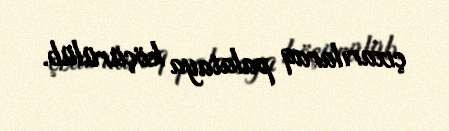
çıxarılaraq palataya köçürülüb.